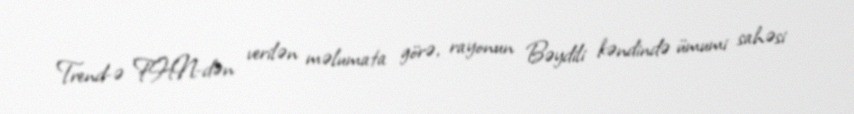
Trend-ə FHN-dən verilən məlumata görə, rayonun Bəydili kəndində ümumi sahəsi